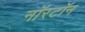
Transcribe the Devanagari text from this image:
नॉरटॉन